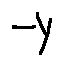
- y